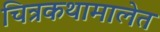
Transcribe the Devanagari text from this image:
चित्रकथामालेत